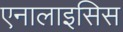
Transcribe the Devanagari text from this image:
एनालाइसिस